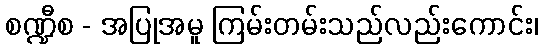
စဏ္ဍီစ - အပြုအမူ ကြမ်းတမ်းသည်လည်းကောင်း၊